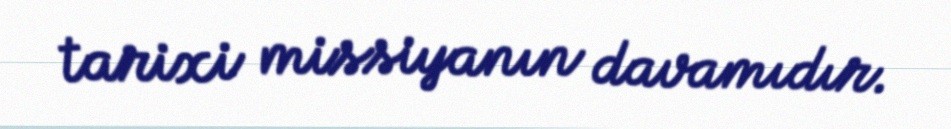
tarixi missiyanın davamıdır.